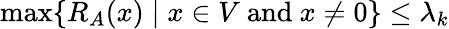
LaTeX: \operatorname*{max}\{ R_{A}(x)\mid x\in V{\mathrm{~and~}}x\neq 0\} \leq\lambda_{k}